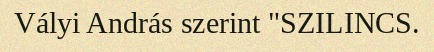
Vályi András szerint "SZILINCS.